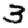
Digit: 3